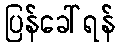
ပြန်ခေါ်ရန်